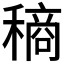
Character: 𮃧